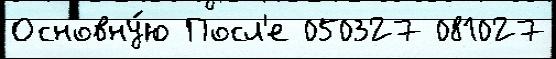
Основну́ю Посл'е 050327 081027